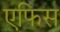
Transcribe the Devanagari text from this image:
एफिस